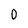
Character: 0